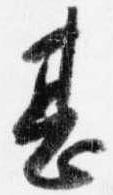
甚